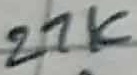
Text: 27K